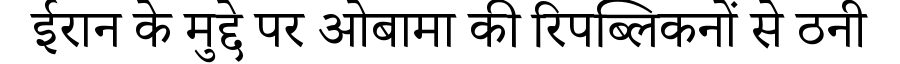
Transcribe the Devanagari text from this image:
ईरान के मुद्दे पर ओबामा की रिपब्लिकनों से ठनी